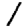
Digit: 1